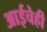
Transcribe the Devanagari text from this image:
आईचेही